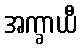
အက္ခာယီ